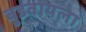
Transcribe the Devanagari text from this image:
बुडवायला